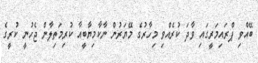
ބޭއްވި ޕްރައިމަރީގައި ވާދަ ކުރެއްވި މިހާރުގެ މޭޔަރުން ނާކާމިޔާބީއާ ކުރިމަތިލާން ޖެހުނީ ކުރީގެ